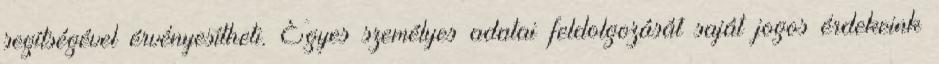
segítségével érvényesítheti. Egyes személyes adatai feldolgozását saját jogos érdekeink